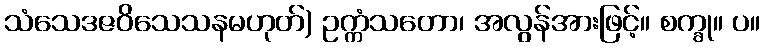
သံသေဒဇဝိသေသနမဟုတ်) ဥက္ကံသတော၊ အလွန်အားဖြင့်။ စက္ခု။ ပ။